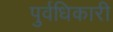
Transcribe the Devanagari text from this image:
पुर्वधिकारी